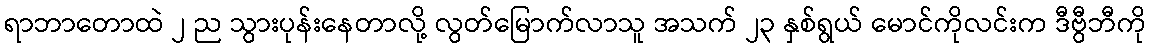
ရာဘာတောထဲ ၂ ည သွားပုန်းနေတာလို့ လွတ်မြောက်လာသူ အသက် ၂၃ နှစ်ရွယ် မောင်ကိုလင်းက ဒီဗွီဘီကို